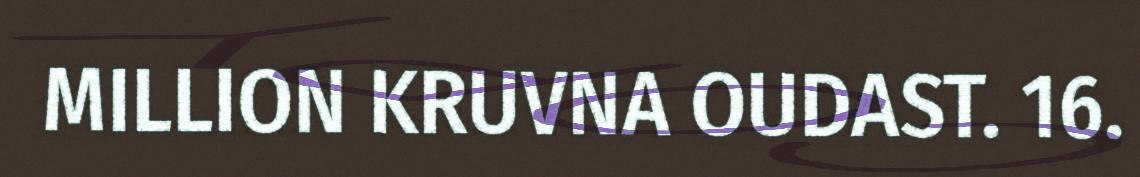
MILLION KRUVNA OUDAST. 16.